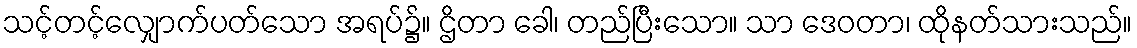
သင့်တင့်လျှောက်ပတ်သော အရပ်၌။ ဌိတာ ခေါ၊ တည်ပြီးသော။ သာ ဒေဝတာ၊ ထိုနတ်သားသည်။